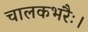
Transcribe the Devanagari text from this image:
चालकभरैः।